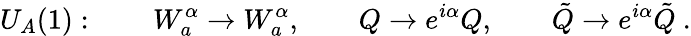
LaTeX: U_{A}(1):\qquad W_{a}^{\alpha}\rightarrow W_{a}^{\alpha},\qquad Q\rightarrow e^{i\alpha}Q,\qquad\tilde{Q}\rightarrow e^{i\alpha}\tilde{Q}\ .